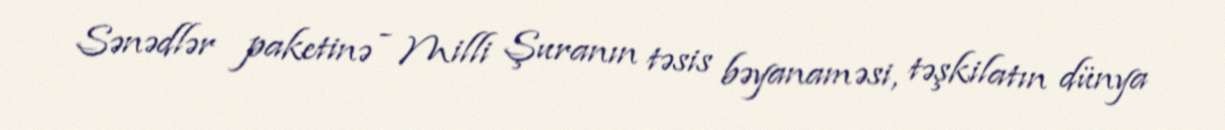
Sənədlər paketinə - Milli Şuranın təsis bəyanaməsi, təşkilatın dünya